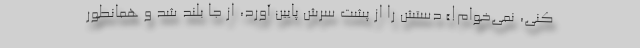
کنی، نمی‌خوام!» دستش را از پشت سرش پایین آورد، از جا بلند شد و همانطور